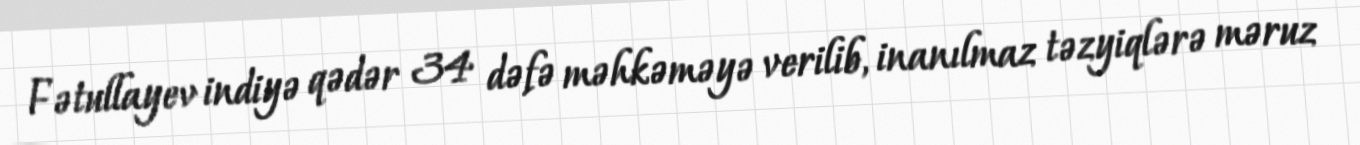
Fətullayev indiyə qədər 34 dəfə məhkəməyə verilib, inanılmaz təzyiqlərə məruz